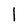
Character: l